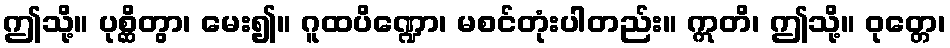
ဤသို့။ ပုစ္ဆိတွာ၊ မေး၍။ ဂူထပိဏ္ဍော၊ မစင်တုံးပါတည်း။ ဣတိ၊ ဤသို့။ ဝုတ္တေ၊